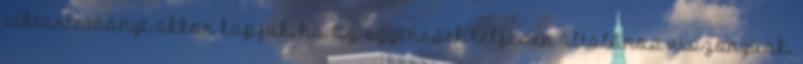
síktartományt akkor kapjuk, ha az egyenesek teljesen általános viszonyúak.